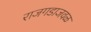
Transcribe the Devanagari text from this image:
राजगडाजवळ